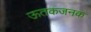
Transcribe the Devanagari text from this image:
ऊतकजनक